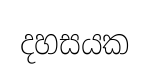
දහසයක